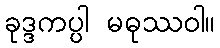
ခုဒ္ဒကပ္ပါ မဓုဿဝါ။